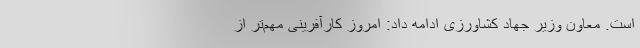
است. معاون وزیر جهاد کشاورزی ادامه داد: امروز کارآفرینی مهم‌تر از